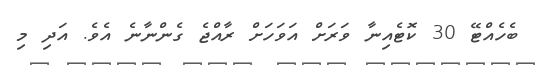
ބެހެއްޓޭ 30 ކޮޓެއިނާ ވަރަށް އަވަހަށް ރާއްޖެ ގެންނާނެ އެވެ. އަދި މި